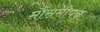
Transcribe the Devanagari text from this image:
मौसमीपन